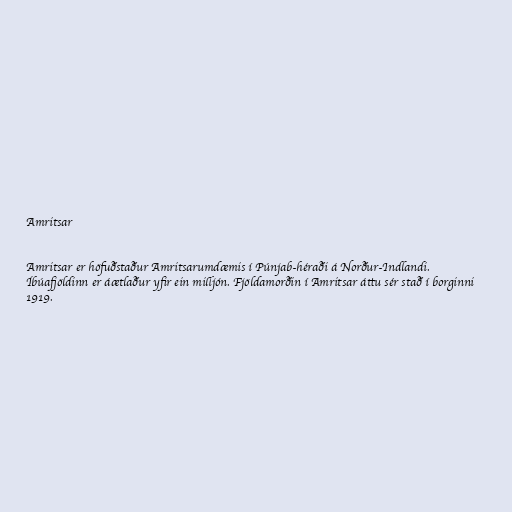
Amritsar

Amritsar er höfuðstaður Amritsarumdæmis í Púnjab-héraði á Norður-Indlandi.
Íbúafjöldinn er áætlaður yfir ein milljón. Fjöldamorðin í Amritsar áttu sér stað í borginni
1919.